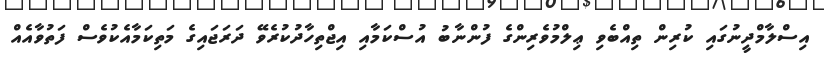
އިސްލާމްދީނުގައި ކުރިން ތިއްބެވި ޢިލްމުވެރިންގެ ފުންނާބު އުސްކަމާއި އިޖްތިހާދުކުރެވޭ ދަރަޖައިގެ މަތިކަމާއެކުވެސް ފަތުވާއެއް